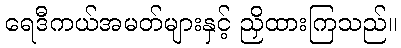
ရေဒီကယ်အမတ်များနှင့် ညှိထားကြသည်။